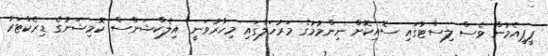
ޕީޕީއެމުން ވެސް ލިސްޓުގައި ސޮއިކޮށް ނިންމުމުގެ މަރުހަލާގައި މިހާރުވަނީ" އިލެކްޝަންސް ކޮމިޝަނުގެ ޑިރެކްޓަރު